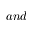
a n d